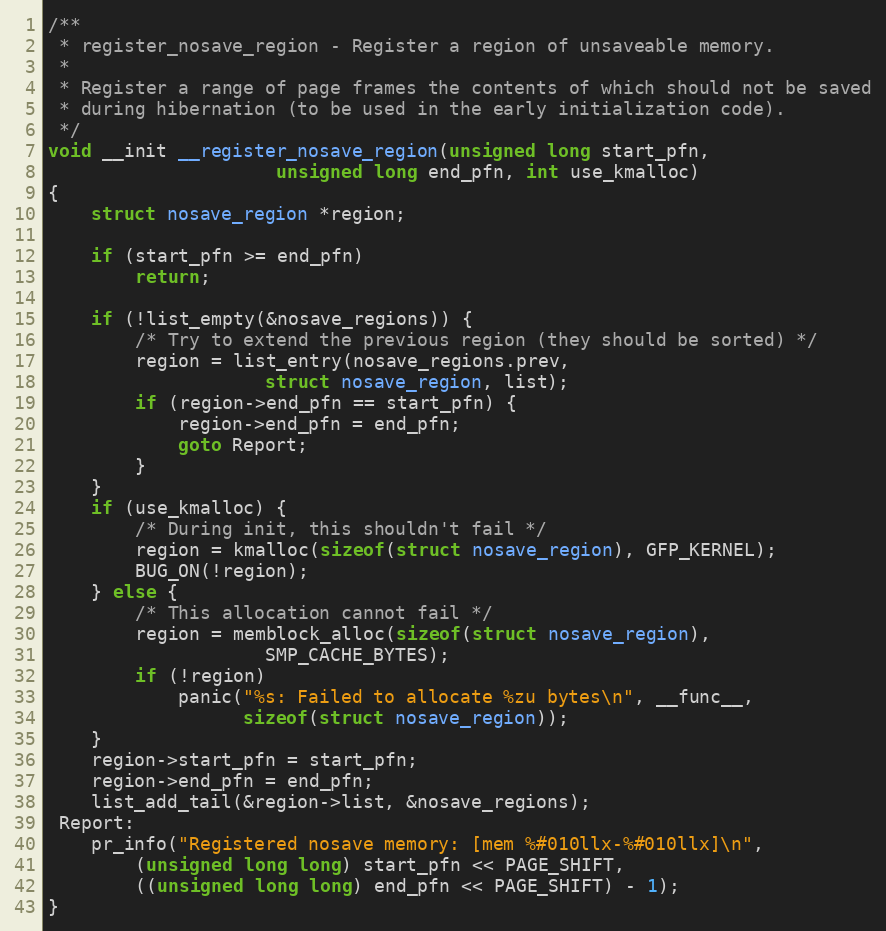
Language: C
/**
 * register_nosave_region - Register a region of unsaveable memory.
 *
 * Register a range of page frames the contents of which should not be saved
 * during hibernation (to be used in the early initialization code).
 */
void __init __register_nosave_region(unsigned long start_pfn,
				     unsigned long end_pfn, int use_kmalloc)
{
	struct nosave_region *region;

	if (start_pfn >= end_pfn)
		return;

	if (!list_empty(&nosave_regions)) {
		/* Try to extend the previous region (they should be sorted) */
		region = list_entry(nosave_regions.prev,
					struct nosave_region, list);
		if (region->end_pfn == start_pfn) {
			region->end_pfn = end_pfn;
			goto Report;
		}
	}
	if (use_kmalloc) {
		/* During init, this shouldn't fail */
		region = kmalloc(sizeof(struct nosave_region), GFP_KERNEL);
		BUG_ON(!region);
	} else {
		/* This allocation cannot fail */
		region = memblock_alloc(sizeof(struct nosave_region),
					SMP_CACHE_BYTES);
		if (!region)
			panic("%s: Failed to allocate %zu bytes\n", __func__,
			      sizeof(struct nosave_region));
	}
	region->start_pfn = start_pfn;
	region->end_pfn = end_pfn;
	list_add_tail(&region->list, &nosave_regions);
 Report:
	pr_info("Registered nosave memory: [mem %#010llx-%#010llx]\n",
		(unsigned long long) start_pfn << PAGE_SHIFT,
		((unsigned long long) end_pfn << PAGE_SHIFT) - 1);
}